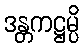
ဒန္တကဋ္ဌမ္ပိ